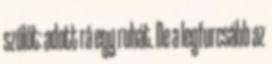
szőlőt: adott rá egy ruhát. De a legfurcsább az